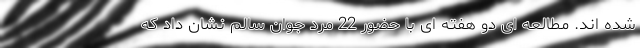
شده اند. مطالعه ای دو هفته ای با حضور 22 مرد جوان سالم نشان داد که